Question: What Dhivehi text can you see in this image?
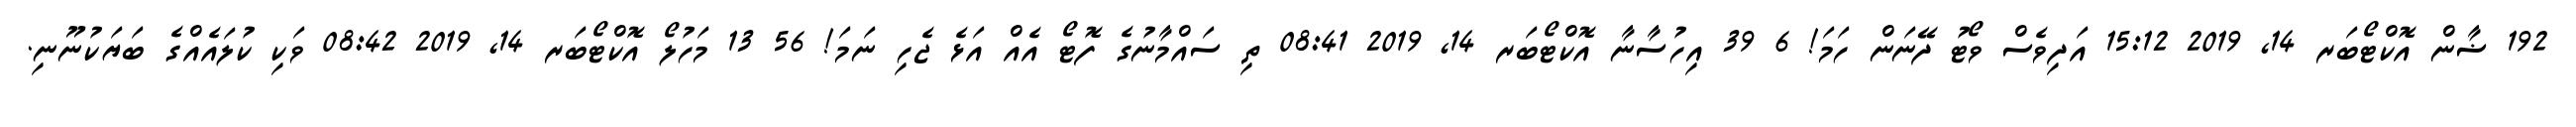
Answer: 192 ޟާން އޮކްޓޯބަރ 14, 2019 15:12 އަދިވެސް ވޯޓު ދޭނަން ހަމަ! 6 39 އިހުސާނާ އޮކްޓޯބަރ 14, 2019 08:41 ތި ސައްމާނުގެ ފޮޓޯ އެއް އަޅެ ޖެހި ނަމަ! 56 13 މަހުލޯ އޮކްޓޯބަރ 14, 2019 08:42 ވަކި ކުލައެއްގެ ބަޔަކުނޫނި.